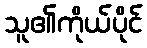
သူ၏ကိုယ်ပိုင်